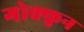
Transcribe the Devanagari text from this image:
गोक्कुन